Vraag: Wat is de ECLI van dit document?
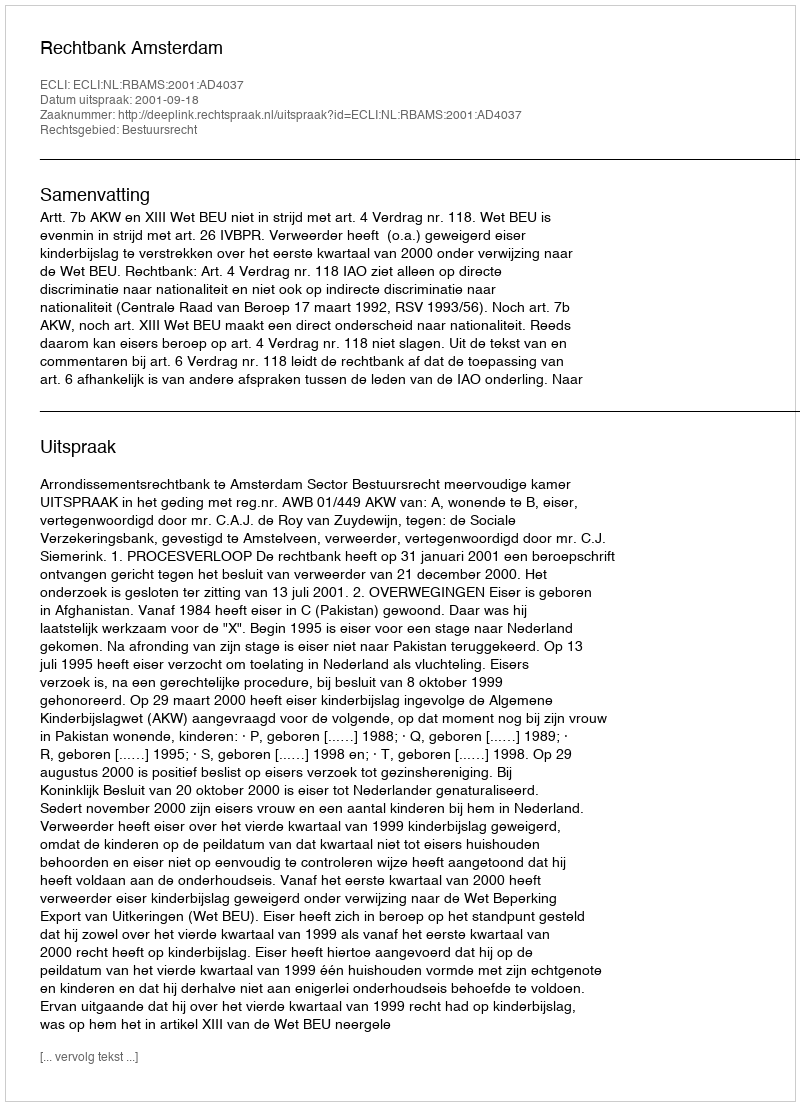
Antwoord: ECLI:NL:RBAMS:2001:AD4037